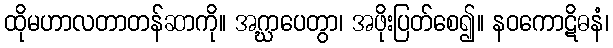
ထိုမဟာလတာတန်ဆာကို။ အဂ္ဃာပေတွာ၊ အဖိုးပြတ်စေ၍။ နဝကောဋိဓနံ၊